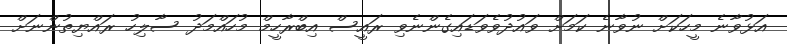
އަޅުވާނެ މީހަކަށް ނުވާނެ ކަމަށް ވައުދުވެވަޑައިގެންނެވި ރައީސް އިބްރާހީމް މުހައްމަދު ސާލިހު ރައްޔިތުންނަށް